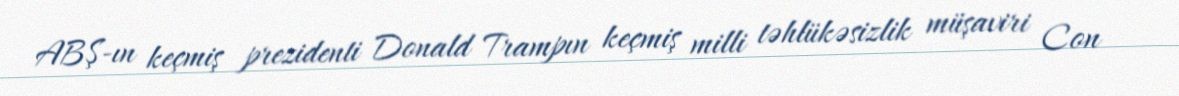
ABŞ-ın keçmiş prezidenti Donald Trampın keçmiş milli təhlükəsizlik müşaviri Con